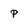
Character: p